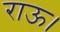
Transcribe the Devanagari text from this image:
राऊ।